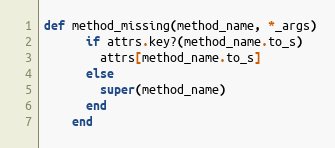
Language: Ruby
def method_missing(method_name, *_args)
      if attrs.key?(method_name.to_s)
        attrs[method_name.to_s]
      else
        super(method_name)
      end
    end